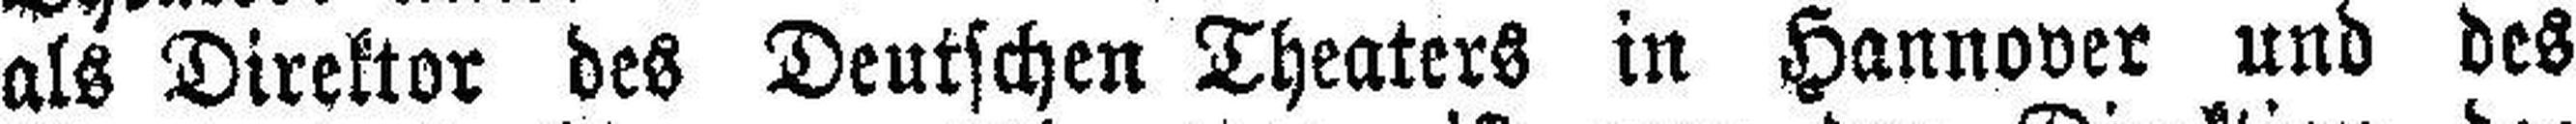
als Direktor des Deutschen Theaters in Hannover und des